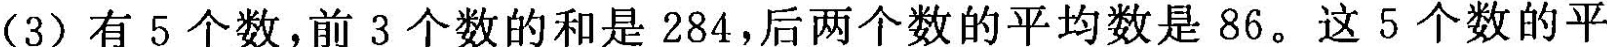
(3)有5个数，前3个数的和是284，后两个数的平均数是86。这5个数的平